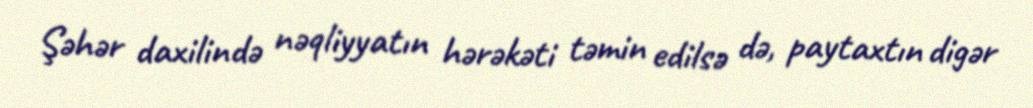
Şəhər daxilində nəqliyyatın hərəkəti təmin edilsə də, paytaxtın digər